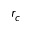
r _ { c }